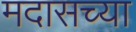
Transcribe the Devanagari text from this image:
मदासच्या